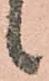
候